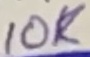
Text: 10K